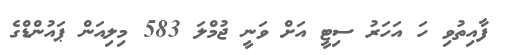
ފާއިތުވި ހަ އަހަރު ސިޓީ އަށް ވަނީ ޖުމްލަ 583 މިލިއަން ޕައުންޑްގެ